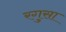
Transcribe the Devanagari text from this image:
रगुसा